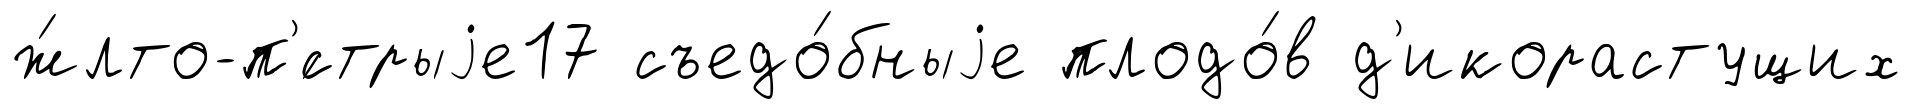
ж́лто-п'́стрыjе17 съедо́бныjе плодо́в д'икорастущих